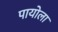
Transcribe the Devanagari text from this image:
पायोला